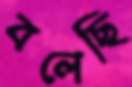
বলেছি